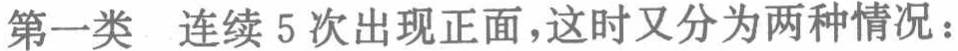
第一类 连续 5 次出现正面，这时又分为两种情况：